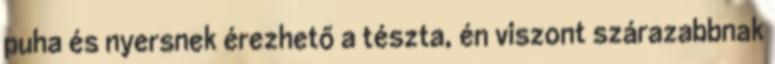
puha és nyersnek érezhető a tészta, én viszont szárazabbnak